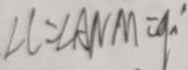
\angle C = \angle A N M = 9 0 ^ { \circ }